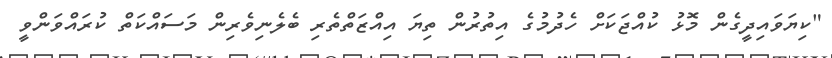
"ކިޔަވައިދީގެން މޮޅު ކުއްޖަކަށް ހެދުމުގެ އިތުރުން ތިޔަ އިއްޒަތްތެރި ބެލެނިވެރިން މަސައްކަތް ކުރައްވަންވީ